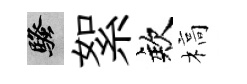
騷絮欸槁